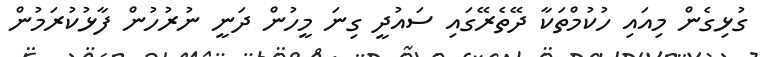
ގުޅިގެން މިއައި ހުކުމްތަކާ ދޭތެރޭގައި ސައުދީ ގިނަ މީހުން ދަނީ ނުރުހުން ފާޅުކުރަމުން